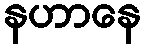
နဟာနေ